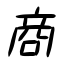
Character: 商